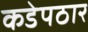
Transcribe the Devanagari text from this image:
कडेपठार